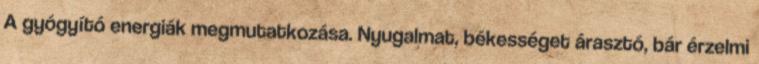
A gyógyító energiák megmutatkozása. Nyugalmat, békességet árasztó, bár érzelmi